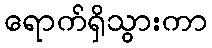
ရောက်ရှိသွားကာ